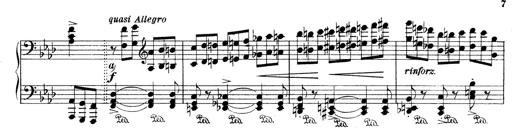
Title: Variationen Ã¼ber das Motiv von Bach
Composer: Franz Liszt